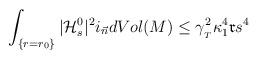
LaTeX: \begin{align*}\int_{\{r=r_0\}}|\mathcal{H}_s^0|^2i_{\vec{n}}dVol(M)\leq \gamma_{_T}^2\kappa_1^4 \mathfrak{r} s^4\end{align*}